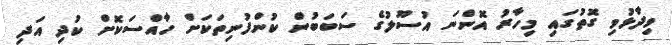
ވިދާޅުވި ގޮތުގައި މިހާރުު އޮންނަ އުސޫލުގެ ސަބަބުން ކުންފުނިތަކަށް ހާއްސަކޮށް ކުދި އަދި